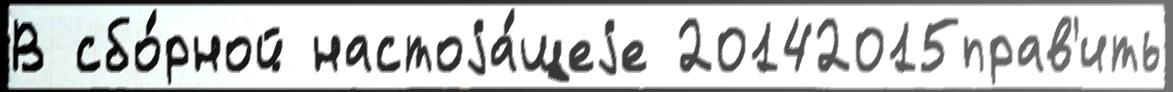
В сбо́рной настоjа́щеjе 20142015прав'ить